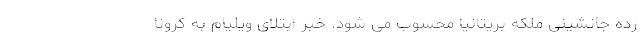
رده جانشینی ملکه بریتانیا محسوب می شود. خبر ابتلای ویلیام به کرونا